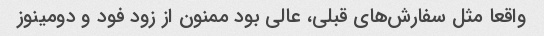
واقعا مثل سفارش‌های قبلی، عالی بود ممنون از زود فود و دومینوز